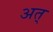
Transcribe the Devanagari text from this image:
अत्‌